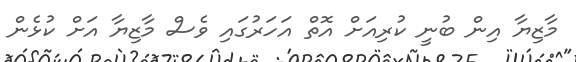
މާޒިޔާ އިން ބުނީ ކުރިއަށް އޮތް އަހަރުގައި ވެސް މާޒިޔާ އަށް ކުޅެން